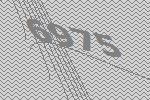
6975